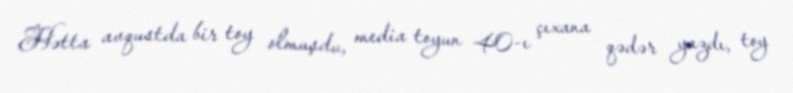
Hətta avqustda bir toy olmuşdu, media toyun 40-ı çıxana qədər yazdı, toy